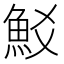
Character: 𩵲